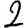
Digit: 2